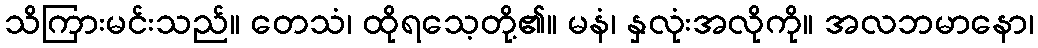
သိကြားမင်းသည်။ တေသံ၊ ထိုရသေ့တို့၏။ မနံ၊ နှလုံးအလိုကို။ အလဘမာနော၊